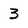
Character: 3